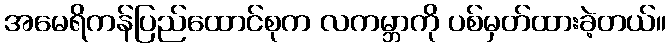
အမေရိကန်ပြည်ထောင်စုက လကမ္ဘာကို ပစ်မှတ်ထားခဲ့တယ်။